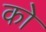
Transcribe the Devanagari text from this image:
कोे